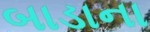
બાડાના